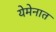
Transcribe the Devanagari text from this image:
येमेनात